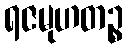
ရဇမုဟတဉ္စ